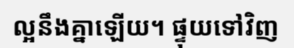
ល្អនឹងគ្នាឡើយ។ ផ្ទុយទៅវិញ